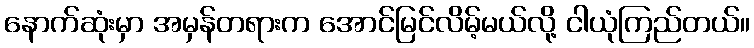
နောက်ဆုံးမှာ အမှန်တရားက အောင်မြင်လိမ့်မယ်လို့ ငါယုံကြည်တယ်။